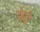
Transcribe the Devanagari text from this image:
फ्रेद्दी